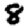
Digit: 8